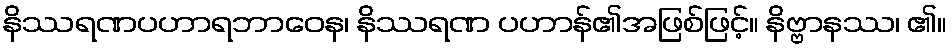
နိဿရဏပဟာရဘာဝေန၊ နိဿရဏ ပဟာန်၏အဖြစ်ဖြင့်။ နိဗ္ဗာနဿ၊ ၏။